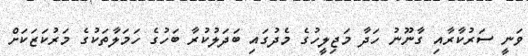
ވަނީ ސަރުކާރާއި ގާނޫނު ހަދާ މަޖިލީހުގެ މެދުގައި ބަދަލުކުރާ ބަހުގެ ހަމަލާތަކުގެ މަރުކަޒަކަށް